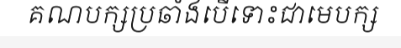
គណបក្សប្រឆាំងបើទោះជាមេបក្ស